Annual administration report of the Civil Veterinary Department of India - 1897-1898
Year: 1897
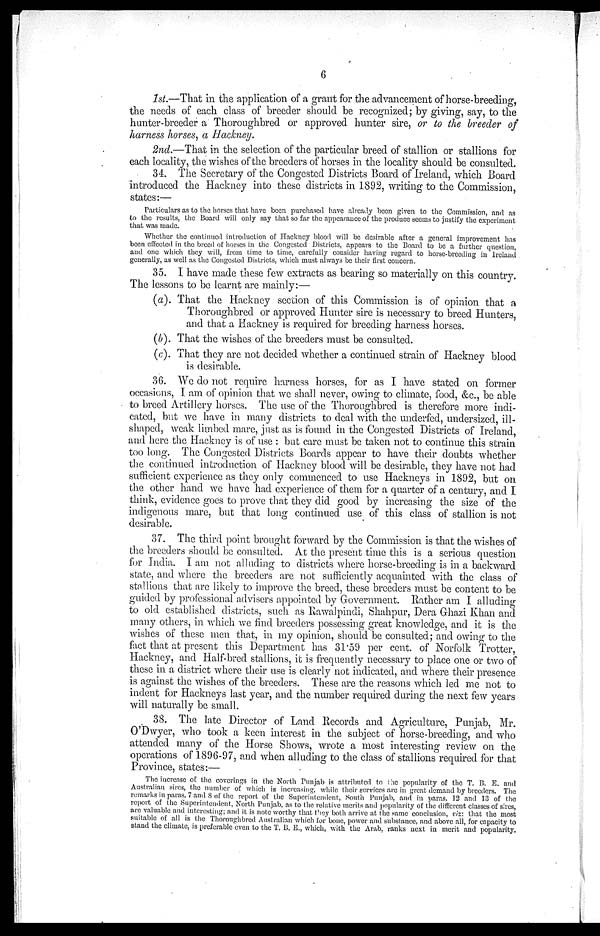
6
1st.—That in the application of a grant for the advancement of horse-breeding,
the needs of each class of breeder should be recognized; by giving, say, to the
hunter-breeder a Thoroughbred or approved hunter sire, or to the breeder of
harness horses, a Hackney.
2nd.—That in the selection of the particular breed of stallion or stallions for
each locality, the wishes of the breeders of horses in the locality should be consulted.
34. The Secretary of the Congested Districts Board of Ireland, which Board
introduced the Hackney into these districts in 1892, writing to the Commission,
states:—
Particulars as to the horses that have been purchased have already been given to the Commission, and as
to the results, the Board will only say that so far the appearance of the produce seems to justify the experiment
that was made.
Whether the continued introduction of Hackney blood will be desirable after a general improvement has
been effected, in the breed of horses in the Congested Districts, appears to the Board to be a further question,
and one which they will, from time to time, carefully consider having regard to horse-breeding in Ireland
generally, as well as the Congested Districts, which must always be their first concern.
35. I have made these few extracts as bearing so materially on this country.
The lessons to be learnt are mainly:—
(a). That the Hackney section of this Commission is of opinion that a
Thoroughbred or approved Hunter sire is necessary to breed Hunters,
and that a Hackney is required for breeding harness horses.
(b). That the wishes of the breeders must be consulted.
(c). That they are not decided whether a continued strain of Hackney blood
is desirable.
36. We do not require harness horses, for as I have stated on former
occasions, I am of opinion that we shall never, owing to climate, food, &c., be able
to breed Artillery horses. The use of the Thoroughbred is therefore more indi-
cated, but we have in many districts to deal with the underfed, undersized, ill-
shaped, weak limbed mare, just as is found in the Congested Districts of Ireland,
and here the Hackney is of use : but care must be taken not to continue this strain
too long. The Congested Districts Boards appear to have their doubts whether
the continued introduction of Hackney blood will be desirable, they have not had
sufficient experience as they only commenced to use Hackneys in 1892, but on
the other hand we have had experience of them for a quarter of a century, and I
think, evidence goes to prove that they did good by increasing the size of the
indigenous mare, but that long continued use of this class of stallion is not
desirable.
37. The third point brought forward by the Commission is that the wishes of
the breeders should be consulted. At the present time this is a serious question
for India. I am not alluding to districts where horse-breeding is in a backward
state, and where the breeders are not sufficiently acquainted with the class of
stallions that are likely to improve the breed, these breeders must be content to be
guided by professional advisers appointed by Government. Rather am I alluding
to old established districts, such as Rawalpindi, Shahpur, Dera Ghazi Khan and
many others, in which we find breeders possessing great knowledge, and it is the
wishes of these men that, in my opinion, should be consulted; and owing to the
fact that at present this Department has 31.59 per cent. of Norfolk Trotter,
Hackney, and Half-bred stallions, it is frequently necessary to place one or two of
these in a district where their use is clearly not indicated, and where their presence
is against the wishes of the breeders. These are the reasons which led me not to
indent for Hackneys last year, and the number required during the next few years
will naturally be small.
38. The late Director of Land Records and Agriculture, Punjab, Mr.
O'Dwyer, who took a keen interest in the subject of horse-breeding, and who
attended many of the Horse Shows, wrote a most interesting review on the
operations of 1896-97, and when alluding to the class of stallions required for that
Province, states:—
The increase of the coverings in the North Punjab is attributed to the popularity of the T. B. E. and
Australian sires, the number of which is increasing, while their services are in great demand by breeders. The
remarks in paras. 7 and 8 of the report of the Superintendent, South Punjab, and in paras. 12 and 13 of the
report of the Superintendent, North Punjab, as to the relative merits and popularity of the different classes of sires,
are valuable and interesting; and it is note worthy that they both arrive at the same conclusion, viz: that the most
suitable of all is the Thoroughbred Australian which for bone, power and substance, and above all, for capacity to
stand the climate, is preferable even to the T. B. E., which, with the Arab, ranks next in merit and popularity.